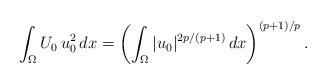
LaTeX: \begin{align*}\int_\Omega U_0\,u_0^2\,dx=\left(\int_\Omega|u_0|^{2p/(p+1)}\,dx\right)^{(p+1)/p}.\end{align*}